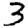
Digit: 3